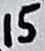
Text: 15